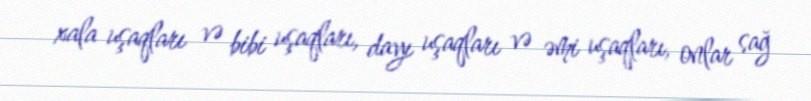
xala uşaqları və bibi uşaqları, dayı uşaqları və əmi uşaqları, onlar sağ